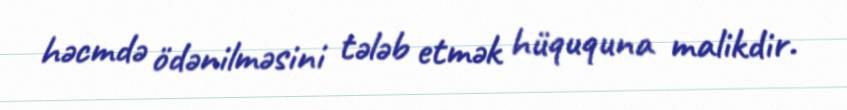
həcmdə ödənilməsini tələb etmək hüququna malikdir.